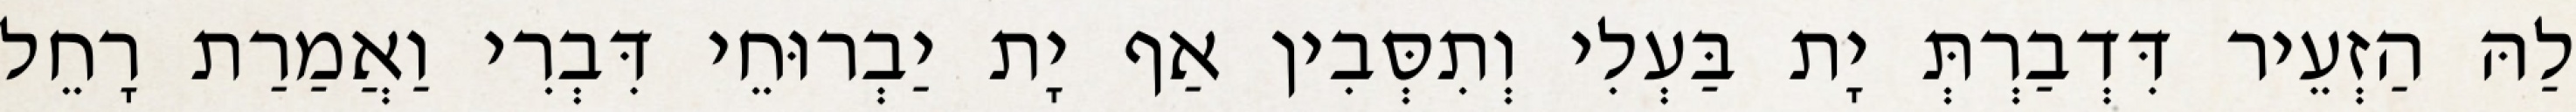
לַהּ הַזְעֵיר דִּדְבַרְתְּ יָת בַּעְלִי וְתִסְּבִין אַף יָת יַבְרוּחֵי דִּבְרִי וַאֲמַרַת רָחֵל